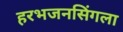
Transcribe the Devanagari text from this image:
हरभजनसिंगला